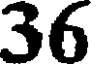
36